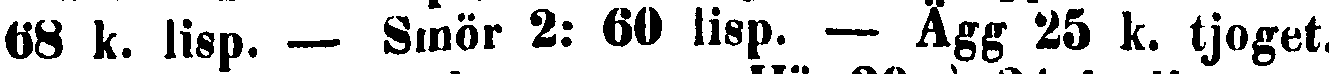
68 k. lisp. — Smör 2: 60 lisp. — Ägg 25 k. tjoget.